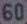
60